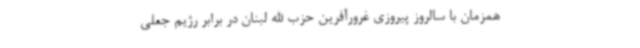
همزمان با سالروز پیروزی غرورآفرین حزب الله لبنان در برابر رژیم جعلی